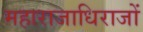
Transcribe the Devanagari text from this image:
महाराजाधिराजों